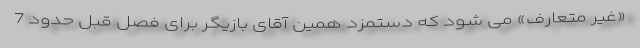
«غیر متعارف» می شود که دستمزد همین آقای بازیگر برای فصل قبل حدود 7